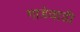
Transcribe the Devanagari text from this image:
गाडेवाडी